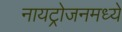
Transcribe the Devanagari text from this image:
नायट्रोजनमध्ये